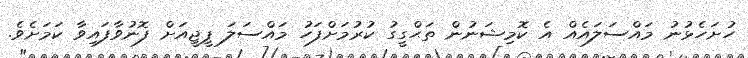
ހުށަހެޅުނު މައްސަލައެއް އެ ކޮމިޝަނުން ތަޙްގީގު ކުރުމަށްފަހު މައްސަލަ ޕީޖީއަށް ފޮނުވާފައިވާ ކަމަށެވެ.